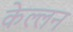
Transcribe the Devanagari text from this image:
केल्लन